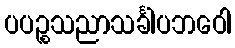
ပပဉ္စသညာသင်္ခါပဘဝေါ